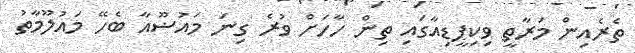
ތެރެއިން މަރާތީ ވިކިޕީޑިއާގައި ތިން ހާހަށް ވުރެ ގިނަ މައުޟޫއާ ބެހޭ މައުލޫމާތު